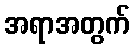
အရာအတွက်